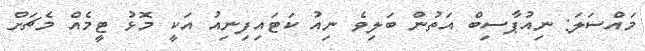
މައްސަލަ: ނިއުޕާސިބް އަތުން ބަލިވެ ނިއު ކަޓައިފިނިއު އަކީ މޮޅު ޓީމެއް މެޗަށް